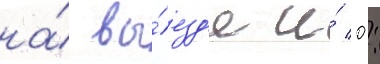
на́ вы́езд'е и́ 0: